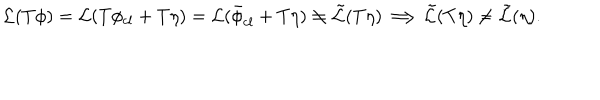
LaTeX: { \cal { L } } ( T \phi ) = { \cal { L } } ( T \phi _ { c l } + T \eta ) = { \cal { L } } ( \bar { \phi } _ { c l } + T \eta ) \neq { \cal { \tilde { L } } } ( T \eta ) \Longrightarrow { \cal { \tilde { L } } } ( T \eta ) \neq { \cal { \tilde { L } } } ( \eta ) .